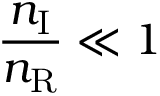
\frac { n _ { \mathrm { I } } } { n _ { \mathrm { R } } } \ll 1